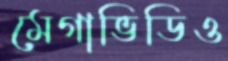
মেগাভিডিও